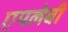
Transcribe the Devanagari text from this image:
एपलेबी